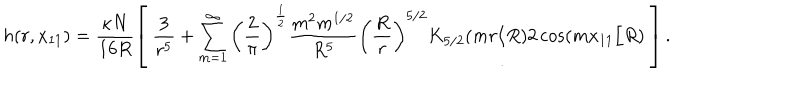
LaTeX: h ( r , x _ { 1 1 } ) = \frac { \kappa N } { 1 6 R } \left[ \; \frac { 3 } { r ^ { 5 } } + \sum _ { m = 1 } ^ { \infty } \left( \frac { 2 } { \pi } \right) ^ { \frac { 1 } { 2 } } \frac { m ^ { 2 } m ^ { 1 / 2 } } { R ^ { 5 } } \left( \frac { R } { r } \right) ^ { 5 / 2 } K _ { 5 / 2 } ( m r / R ) 2 \cos ( m x _ { 1 1 } / R ) \; \right] .